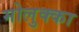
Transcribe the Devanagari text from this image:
मोलुक्का